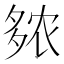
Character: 𫯒